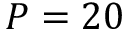
P = 2 0